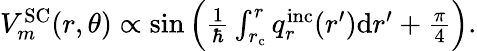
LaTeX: \begin{array}{r}{V_{m}^{\mathrm{SC}}(r,\theta)\propto\sin\left(\frac{1}{\hbar}\int_{r_{\mathrm{c}}}^{r}q_{r}^{\mathrm{inc}}(r^{\prime})\mathrm{d}r^{\prime}+\frac{\pi}{4}\right).}\end{array}